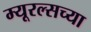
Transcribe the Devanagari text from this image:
म्यूरल्सच्या